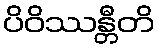
ပိဝိဿန္တီတိ